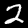
Label: 2